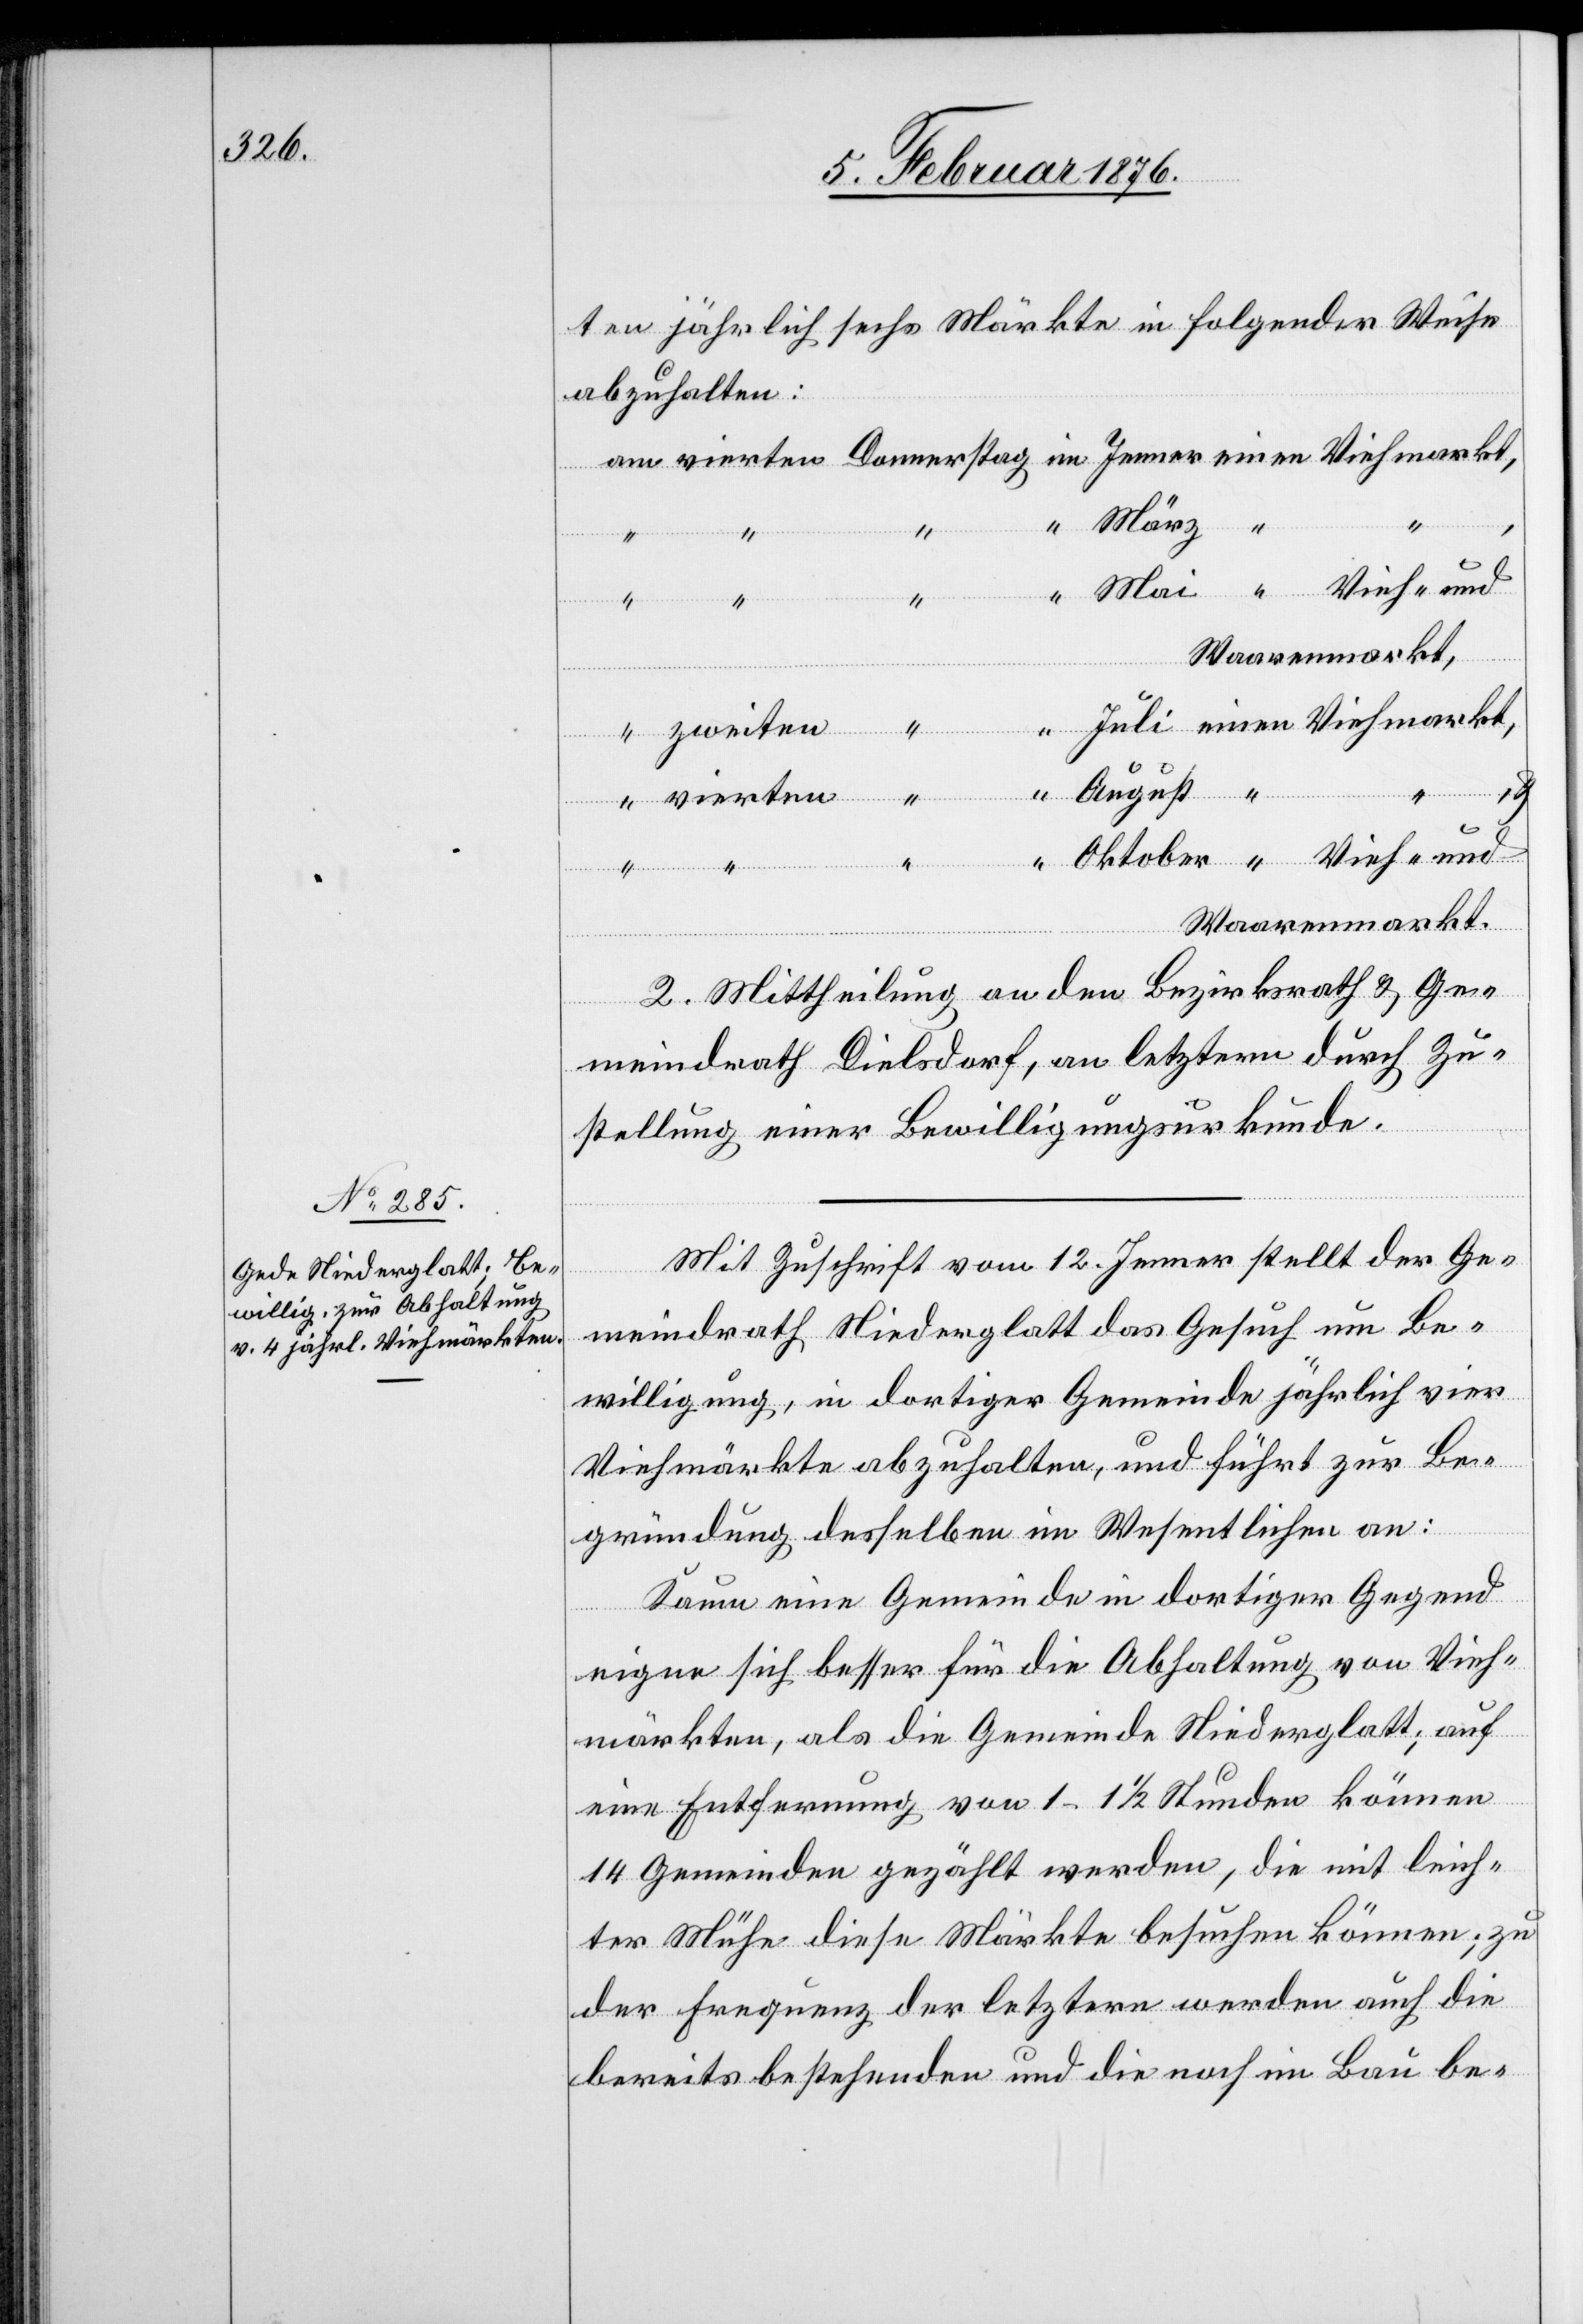
ten jährlich sechs Märkte in folgender Weise
abzuhalten:
März
“
ten
und
Waarenmarkt
2. Mittheilung an den Bezirksrath & Ge¬
meinderath Dielsdorf, an letzteren durch Zu¬
stellung einer Bewilligungsurkunde.
Mit Zuschrift vom 12. Jenner stellt der Ge¬
meinderath Niederglatt das Gesuch um Be¬
willigung, in dortiger Gemeinde jährlich vier
Viehmärkte abzuhalten, und führt zur Be¬
Donnerstag
gründung desselben im Wesentlichen an:
Kaum eine Gemeinde in dortiger Gegend
eigne sich besser für die Abhaltung von Vieh¬
märkten, als die Gemeinde Niederglatt, auf
eine Entfernung von 1–1 1/2 Stunden können
14 Gemeinden gezählt werden, die mit leich¬
ter Mühe diese Märkte besuchen können; zu
der Ergänzung der letzteren werden auch die
bereits bestehenden und die noch im Bau be-